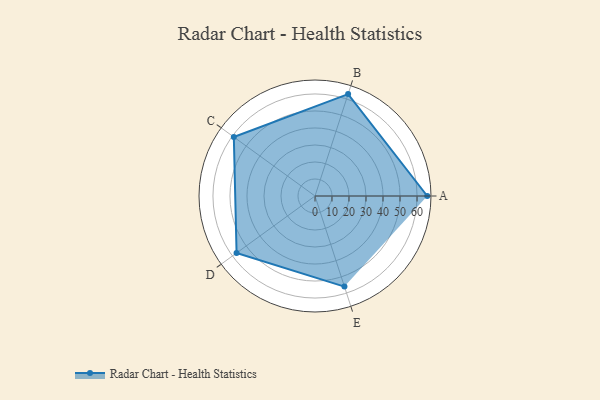
{"axis": {"x": "Skill", "y": "Score"}, "legend": ["Profile"], "data": [{"x": "A", "y": 66.0, "type": "Profile"}, {"x": "B", "y": 63.0, "type": "Profile"}, {"x": "C", "y": 59.0, "type": "Profile"}, {"x": "D", "y": 57.0, "type": "Profile"}, {"x": "E", "y": 56.0, "type": "Profile"}]}